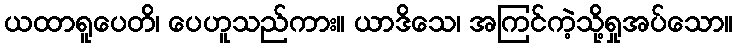
ယထာရူပေတိ၊ ပေဟူသည်ကား။ ယာဒိသေ၊ အကြင်ကဲ့သို့ရှုအပ်သော။